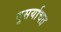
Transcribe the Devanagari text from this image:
दुसर्याचत